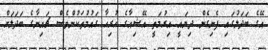
އޭގެ ބަދަލުގައި ފެނިގެން ދިޔައީ އިރުމަތީ އޭޝިއާގެ ހުރިހާ ގައުމުތަކުންވެސް ޗައިނާގެ ބަދަލަށް